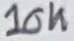
Text: 10K